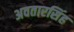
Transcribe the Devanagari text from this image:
अवतारसिंह